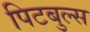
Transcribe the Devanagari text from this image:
पिटबुल्स